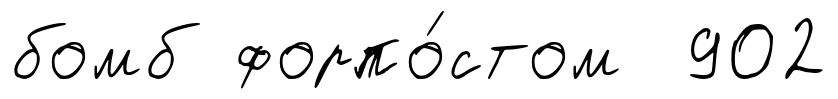
бомб форпо́стом 902